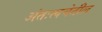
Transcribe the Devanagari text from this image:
अंतःत्वचेतील